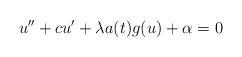
\begin{align*}u'' + c u' + \lambda a(t) g(u) + \alpha = 0\end{align*}